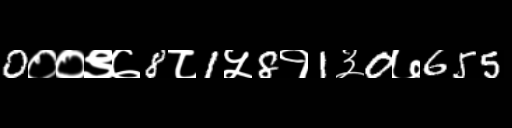
Text: 0००९७8८1५8१1३0७655